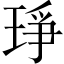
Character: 琤